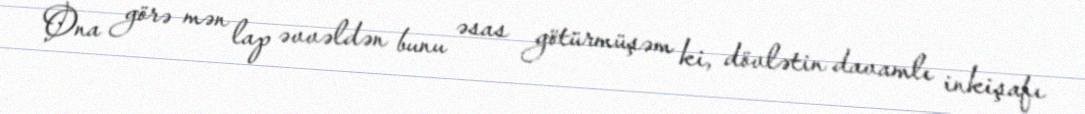
Ona görə mən lap əvvəldən bunu əsas götürmüşəm ki, dövlətin davamlı inkişafı